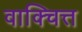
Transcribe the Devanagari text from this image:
वाक्चित्त